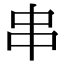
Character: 串